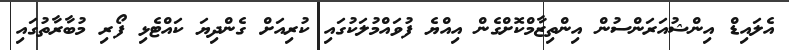
އެލައިޑް އިންޝުއަރަންސުން އިންތިޒާމްކޮށްގެން އިއްޔެ ފުވައްމުލަކުގައި ކުރިއަށް ގެންދިޔަ ކައްޓެޅި ފޯރި މުބާރާތުގައި